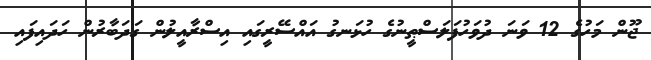
ޖޫން މަހުގެ 12 ވަނަ ދުވަހުފަލަސްޠީނުގެ ހުޅަނގު އައްސޭރީގައި އިސްރާއީލުން ގަދަބާރުން ހަދައިފައި